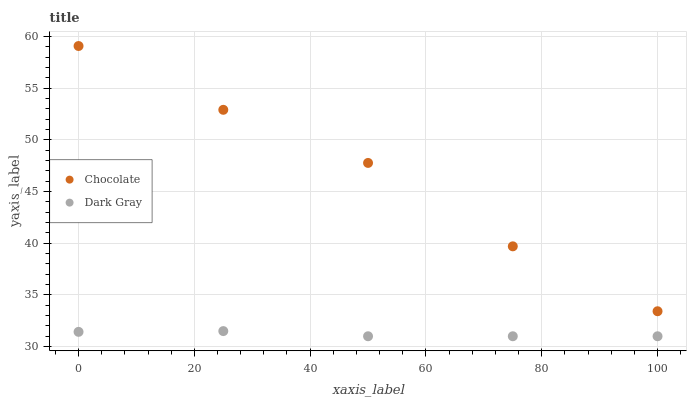
| xaxis_label | Chocolate | Dark Gray |
 | --- | --- | --- |
 | 0 | 59.1 | 31.4 |
 | 25 | 52.9 | 31.5 |
 | 50 | 47.8 | 31 |
 | 75 | 39.7 | 31 |
 | 100 | 33.4 | 31 |